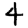
Digit: 4